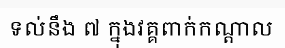
ទល់នឹង ៧ ក្នុងវគ្គពាក់កណ្តាល